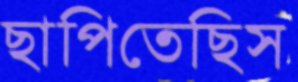
ছাপিতেছিস